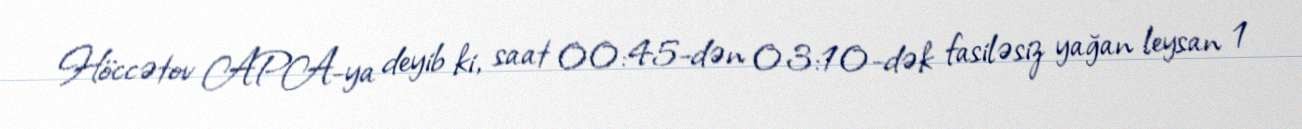
Höccətov APA-ya deyib ki, saat 00:45-dən 03:10-dək fasiləsiz yağan leysan 1